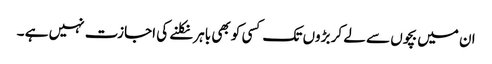
ان میں بچوں سے لے کر بڑوں تک کسی کو بھی باہر نکلنے کی اجازت نہیں ہے ۔